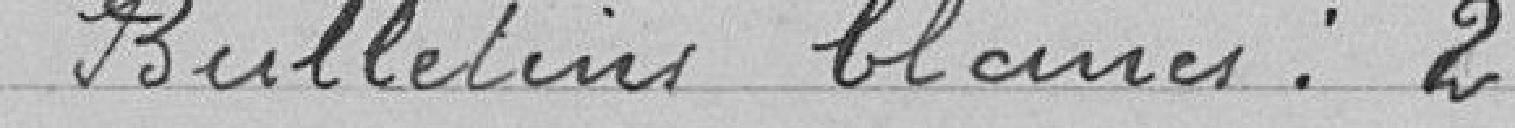
Bulletins blancs : 2